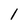
Character: l